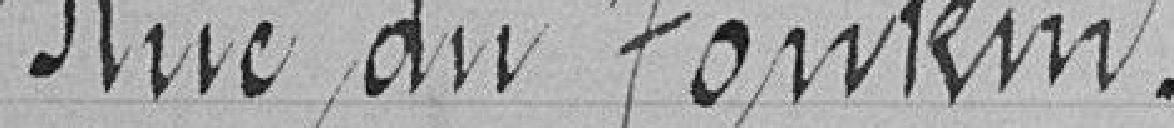
Rue de Tonkin .